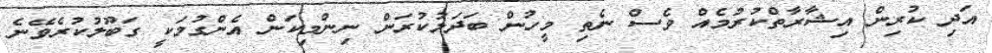
އަދި ކުރިން އިޝާރާތްކުރުމެއް ވެސް ނެތި މީހުން ބަދަލުކުރަން ނިންމިކަން އެންގުމަކީ ގަބޫލުކުރެވޭނެ